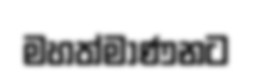
මහත්මාණනට